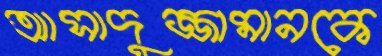
আসাদুজ্জামানকে